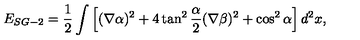
E _ { S G - 2 } = \frac 1 2 \int \left[ ( \nabla \alpha ) ^ { 2 } + 4 \tan ^ { 2 } \frac { \alpha } { 2 } ( \nabla \beta ) ^ { 2 } + \cos ^ { 2 } \alpha \right] d ^ { 2 } x ,